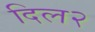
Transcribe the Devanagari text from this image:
दिल२